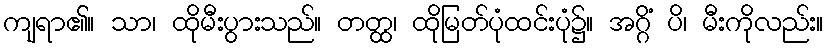
ကျရာ၏။ သာ၊ ထိုမီးပွားသည်။ တတ္ထ၊ ထိုမြတ်ပုံထင်းပုံ၌။ အဂ္ဂိံ ပိ၊ မီးကိုလည်း။